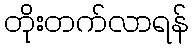
တိုးတက်လာရန်